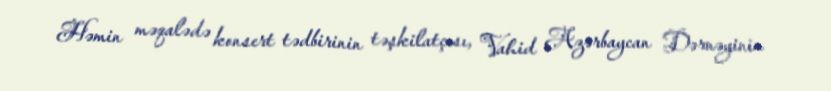
Həmin məqalədə konsert tədbirinin təşkilatçısı, Vahid Azərbaycan Dərnəyinin